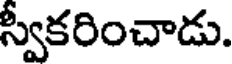
స్వీకరించాడు.